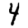
Digit: 4